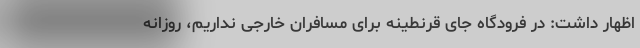
اظهار داشت: در فرودگاه جای قرنطینه برای مسافران خارجی نداریم، روزانه